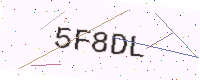
Text: 5F8DL